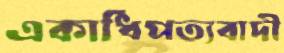
একাধিপত্যবাদী